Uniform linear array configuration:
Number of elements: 16
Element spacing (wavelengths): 0.5
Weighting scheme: uniform
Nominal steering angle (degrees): -60
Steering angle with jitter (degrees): -61.952
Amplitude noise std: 0.05
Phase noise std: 0.05

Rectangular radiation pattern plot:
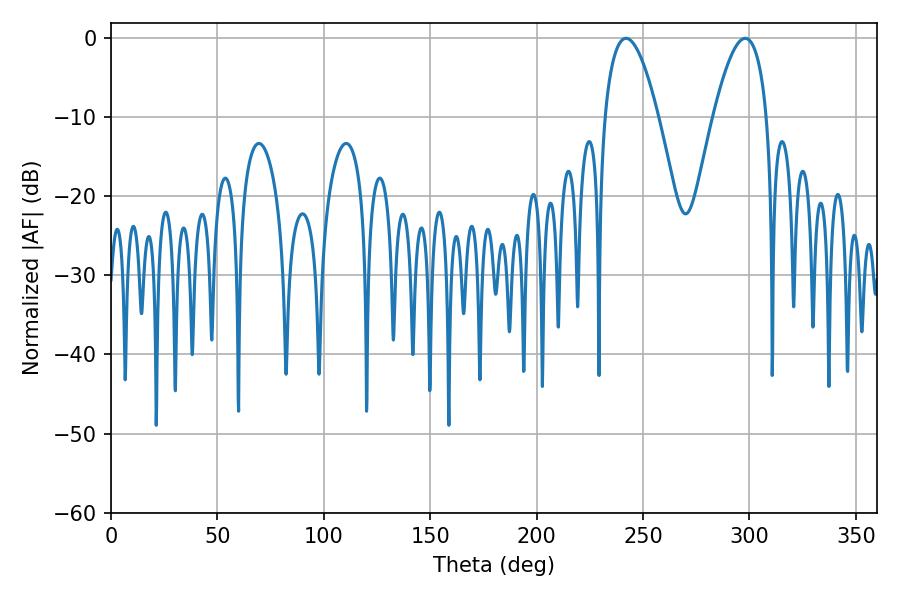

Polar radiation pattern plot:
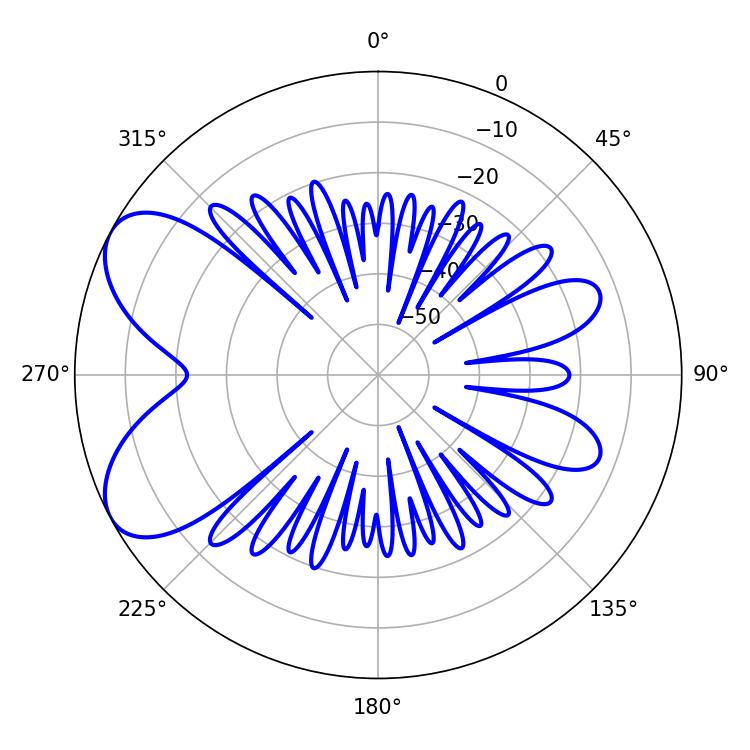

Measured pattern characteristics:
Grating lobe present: FALSE
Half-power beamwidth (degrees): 13.86
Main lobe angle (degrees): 241.92